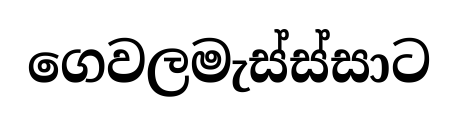
ගෙවලමැස්ස්සාට